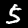
Digit: 5